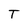
Character: T